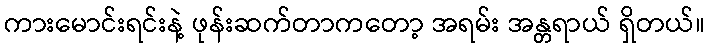
ကားမောင်းရင်းနဲ့ ဖုန်းဆက်တာကတော့ အရမ်း အန္တရာယ် ရှိတယ်။